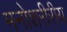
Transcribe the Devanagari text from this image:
मनोशरीरीय